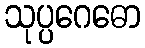
သုပ္ပဂေဓော